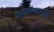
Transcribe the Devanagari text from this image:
आणल्यामुळें